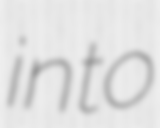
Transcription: into